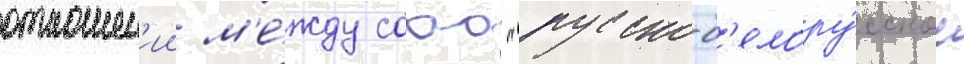
отношен'ии м'е́жду сооо "русско-б'елору́сское